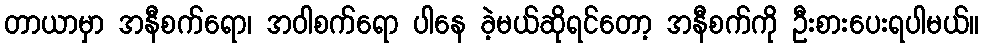
တာယာမှာ အနီစက်ရော၊ အဝါစက်ရော ပါနေ ခဲ့မယ်ဆိုရင်တော့ အနီစက်ကို ဦးစားပေးရပါမယ်။